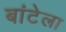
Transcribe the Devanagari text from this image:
बांटेला